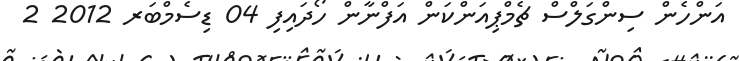
އަންހެން ސިންގަލްސް ޗެމްޕިއަންކަން އަފްނާން ހޯދައިފި 04 ޑިސެމްބަރ 2012 2